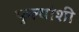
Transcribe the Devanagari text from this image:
फुल्यांशी